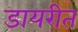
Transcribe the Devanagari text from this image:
डायरीत